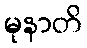
မုနာတိ